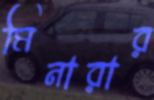
মিনারার